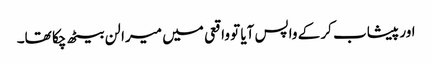
اور پیشاب کر کے واپس آیا تو واقعی میں میرا لن بیٹھ چکا تھا۔